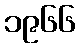
၁၉၆၆